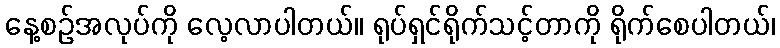
နေ့စဉ်အလုပ်ကို လေ့လာပါတယ်။ ရုပ်ရှင်ရိုက်သင့်တာကို ရိုက်စေပါတယ်၊